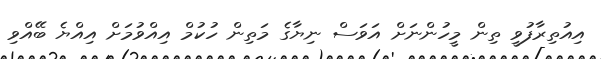
އިއުތިރާފުވީ ތިން މީހުންނަށް އަވަސް ނިޔާގެ މަތިން ހުކުމް އިއްވުމަށް އިއްޔެ ބޭއްވި